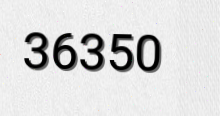
36350